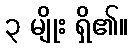
၃ မျိုး ရှိ၏။